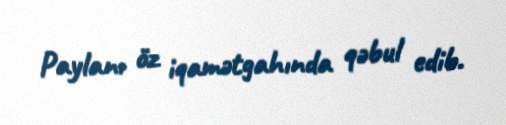
Paylanı öz iqamətgahında qəbul edib.